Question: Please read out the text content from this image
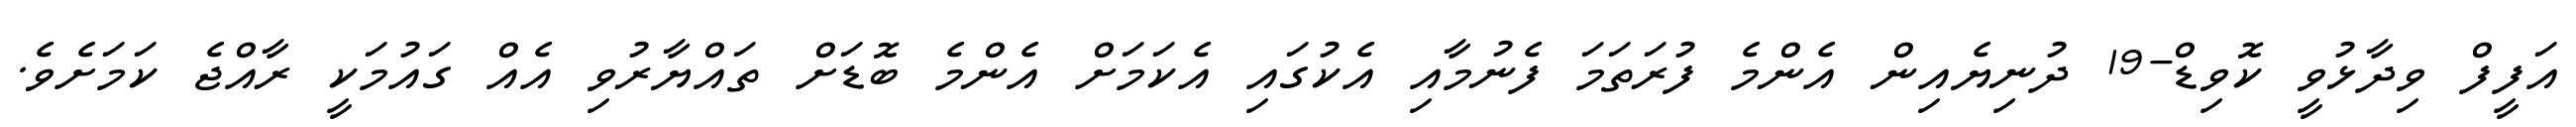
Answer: އަފީފް ވިދާޅުވީ ކޮވިޑް-19 ދުނިޔެއިން އެންމެ ފުރަތަމަ ފެނުމާއި އެކުގައި އެކަމަށް އެންމެ ބޮޑަށް ތައްޔާރުވި އެއް ގައުމަކީ ރާއްޖެ ކަމަށެވެ.